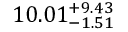
1 0 . 0 1 _ { - 1 . 5 1 } ^ { + 9 . 4 3 }